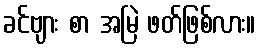
ခင်ဗျား စာ အမြဲ ဖတ်ဖြစ်လား။